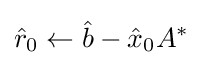
{\hat {r}}_{0}\leftarrow {\hat {b}}-{\hat {x}}_{0}A^{*}